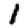
Digit: 1